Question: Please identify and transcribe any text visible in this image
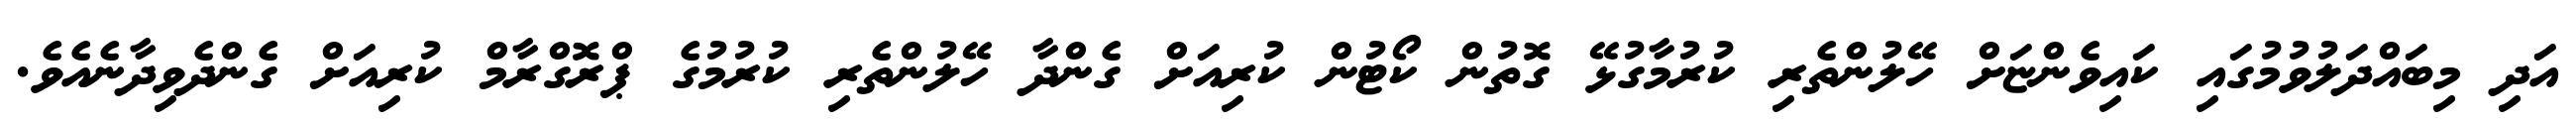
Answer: އަދި މިބައްދަލުވުމުގައި ކައިވެންޏަށް ހޭލުންތެރި ކުރުމާގުޅޭ ގޮތުން ކޯޓުން ކުރިއަށް ގެންދާ ހޭލުންތެރި ކުރުމުގެ ޕްރޮގްރާމް ކުރިއަށް ގެންދެވިދާނެއެވެ.